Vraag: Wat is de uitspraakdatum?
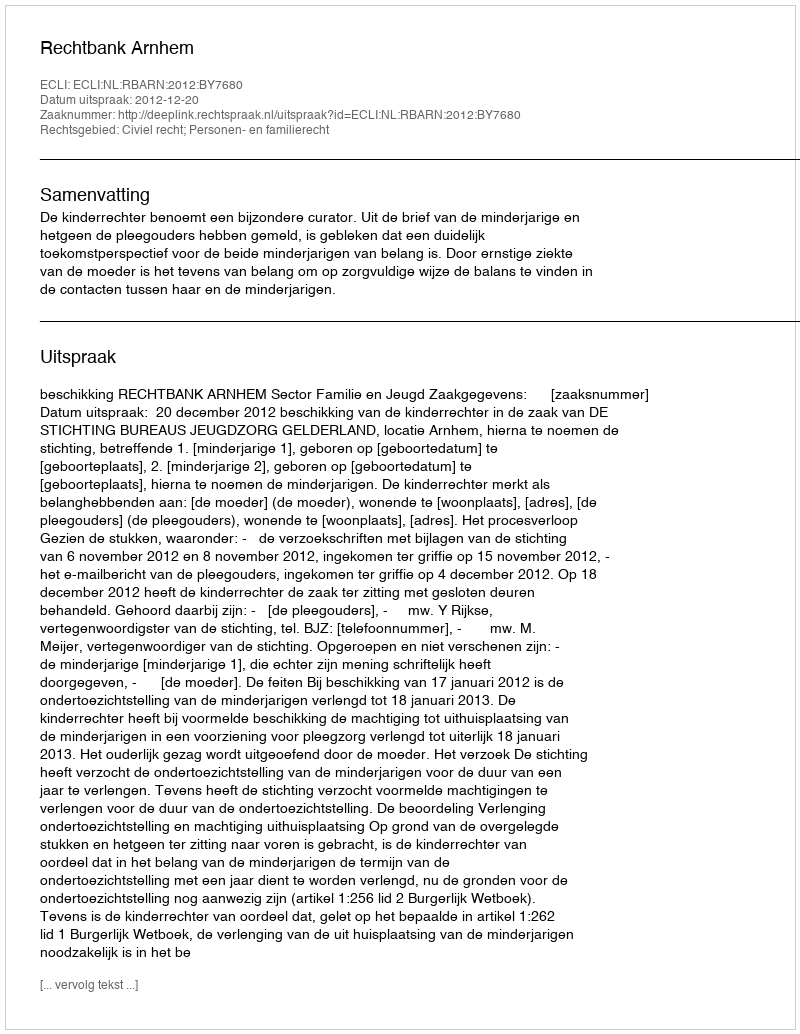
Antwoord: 2012-12-20